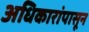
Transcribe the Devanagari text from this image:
अधिकारांपासून